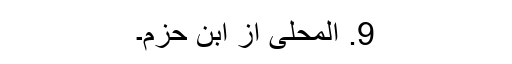
9. المحلیٰ از ابن حزم۔